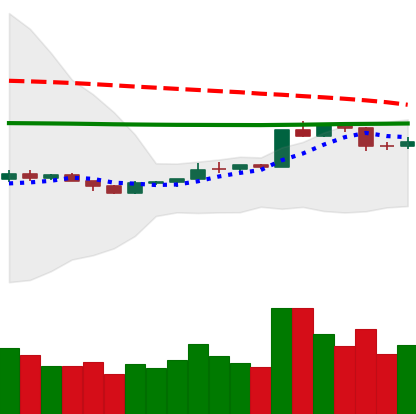
Ticker: ETH-USD
Chart end date: 2020-04-12
Forward return: 6.514%
Label: up_5_7